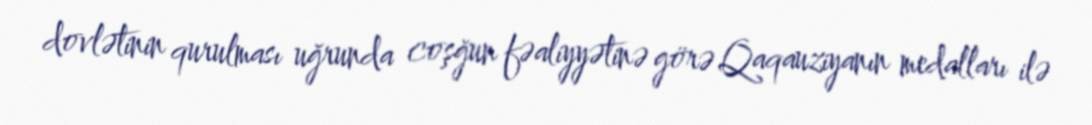
dovlətinin qurulması uğrunda coşğun fəaliyyətinə görə Qaqauziyanın medalları ilə